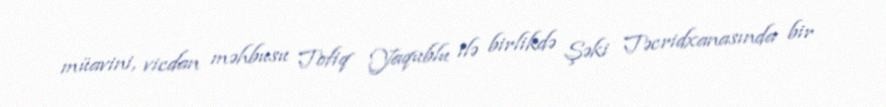
müavini, vicdan məhbusu Tofiq Yaqublu ilə birlikdə Şəki Təcridxanasında bir